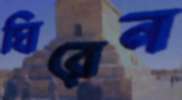
ঘিরেন